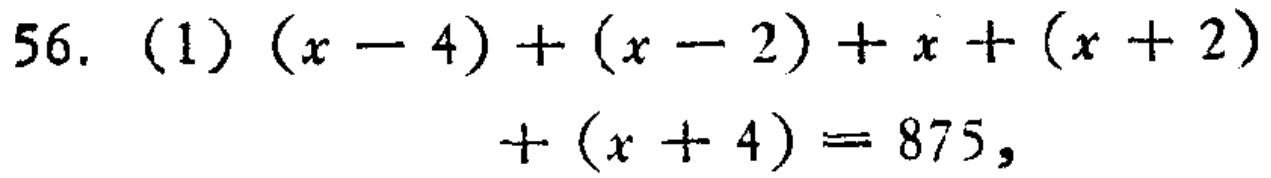
56. (1) \((x - 4)+(x - 2)+x+(x + 2)+(x + 4)=875\)